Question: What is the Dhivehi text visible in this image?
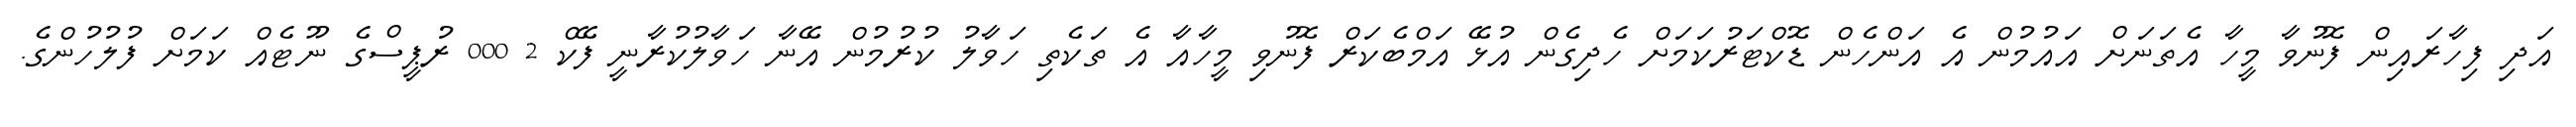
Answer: އަދި ފިހާރައިން ފޮނުވާ މީހާ އެތަނަށް އައުމުން އެ އަންހެން ޑޮކްޓަރުކަމަށް ހެދިގެން އުޅޭ އަމްބެކަރް ފޮނުވި މީހާއާ އެ ތަކެތި ހަވާލު ކުރުމުން އޭނާ ހަވާލުކުރާނީ ފޭކް 2 000 ރުޕީސްގެ ނޫޓެއް ކަމަށް ފުލުހުންގެ.